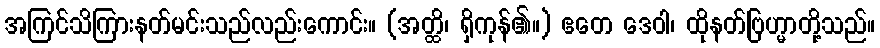
အကြင်သိကြားနတ်မင်းသည်လည်းကောင်း။ (အတ္ထိ၊ ရှိကုန်၏။) ဧတေ ဒေဝါ၊ ထိုနတ်ဗြဟ္မာတို့သည်။